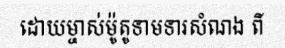
ដោយម្ចាស់ម៉ូតូទាមទារសំណង ពី